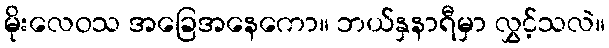
မိုးလေဝသ အခြေအနေကော။ ဘယ်နှနာရီမှာ လွှင့်သလဲ။